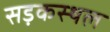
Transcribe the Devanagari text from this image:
सड़कस्थल